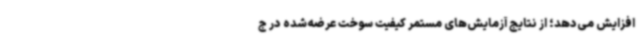
افزایش می‌دهد؛ از نتایج آزمایش‌های مستمر کیفیت سوخت عرضه‌شده در ج